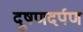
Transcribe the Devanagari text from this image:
दूषणदर्पण